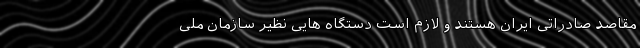
مقاصد صادراتی ایران هستند و لازم است دستگاه هایی نظیر سازمان ملی